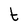
Character: t